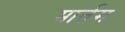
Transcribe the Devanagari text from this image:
मार्तम